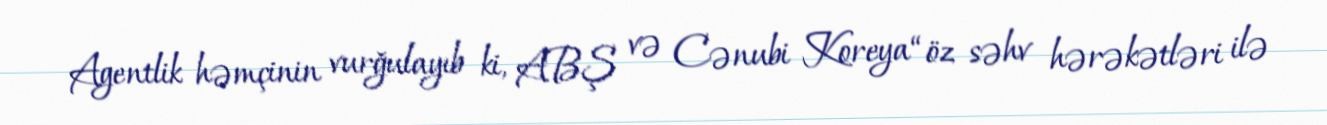
Agentlik həmçinin vurğulayıb ki, ABŞ və Cənubi Koreya “öz səhv hərəkətləri ilə